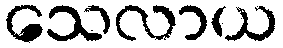
သေလာယ